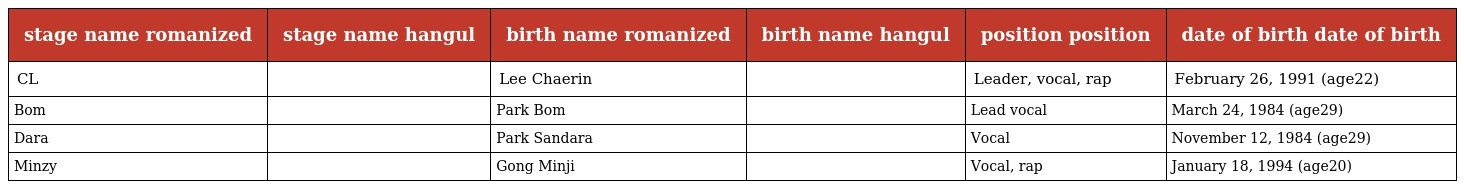
| stage name romanized | stage name hangul | birth name romanized | birth name hangul | position position | date of birth date of birth |
 | --- | --- | --- | --- | --- | --- |
 | CL | 씨엘 | Lee Chaerin | 이채린 | Leader, vocal, rap | February 26, 1991 (age22) |
 | Bom | 봄 | Park Bom | 박봄 | Lead vocal | March 24, 1984 (age29) |
 | Dara | 다라 | Park Sandara | 박산다라 | Vocal | November 12, 1984 (age29) |
 | Minzy | 민지 | Gong Minji | 공민지 | Vocal, rap | January 18, 1994 (age20) |